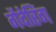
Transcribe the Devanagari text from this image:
गैदेरिंग